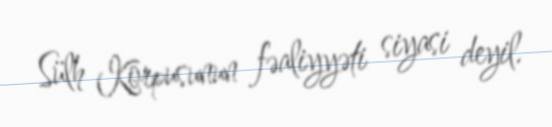
Sülh Korpusunun fəaliyyəti siyasi deyil.